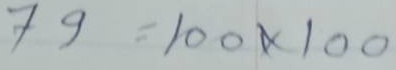
79 = 100 x 100